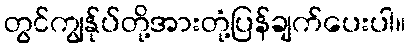
တွင်ကျွန်ုပ်တို့အားတုံ့ပြန်ချက်ပေးပါ။